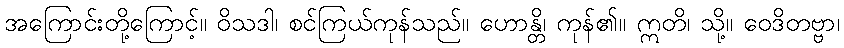
အကြောင်းတို့ကြောင့်။ ဝိသဒါ၊ စင်ကြယ်ကုန်သည်။ ဟောန္တိ၊ ကုန်၏။ ဣတိ၊ သို့။ ဝေဒိတဗ္ဗာ၊